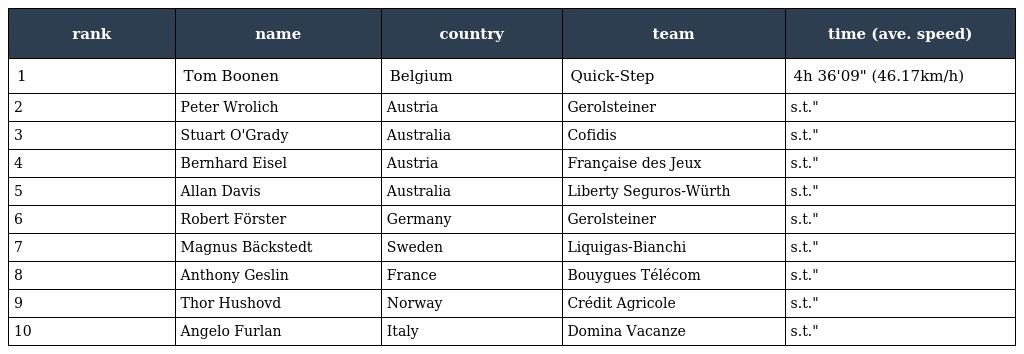
| rank | name | country | team | time (ave. speed) |
 | --- | --- | --- | --- | --- |
 | 1 | Tom Boonen | Belgium | Quick-Step | 4h 36'09" (46.17km/h) |
 | 2 | Peter Wrolich | Austria | Gerolsteiner | s.t." |
 | 3 | Stuart O'Grady | Australia | Cofidis | s.t." |
 | 4 | Bernhard Eisel | Austria | Française des Jeux | s.t." |
 | 5 | Allan Davis | Australia | Liberty Seguros-Würth | s.t." |
 | 6 | Robert Förster | Germany | Gerolsteiner | s.t." |
 | 7 | Magnus Bäckstedt | Sweden | Liquigas-Bianchi | s.t." |
 | 8 | Anthony Geslin | France | Bouygues Télécom | s.t." |
 | 9 | Thor Hushovd | Norway | Crédit Agricole | s.t." |
 | 10 | Angelo Furlan | Italy | Domina Vacanze | s.t." |